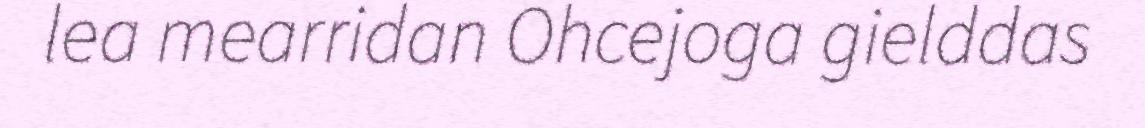
lea mearridan Ohcejoga gielddas